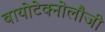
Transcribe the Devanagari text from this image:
बायोटेक्नोलौजी